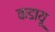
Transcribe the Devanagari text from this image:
कडायू